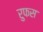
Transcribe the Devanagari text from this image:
रुफस